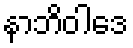
နာဘိဝါဒေ